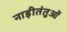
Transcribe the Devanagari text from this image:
नाड़ीतंतुओं